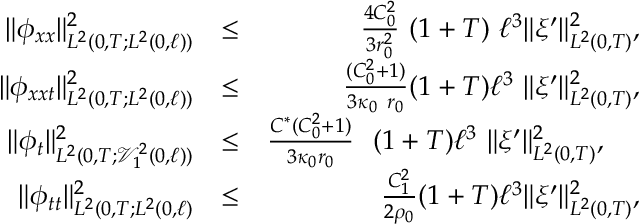
\begin{array} { r l r } { \Vert \phi _ { x x } \Vert _ { L ^ { 2 } ( 0 , T ; L ^ { 2 } ( 0 , \ell ) ) } ^ { 2 } } & { \leq } & { \frac { 4 C _ { 0 } ^ { 2 } } { 3 r _ { 0 } ^ { 2 } } \ ( 1 + T ) \ \ell ^ { 3 } \Vert \xi ^ { \prime } \Vert _ { L ^ { 2 } ( 0 , T ) } ^ { 2 } , } \\ { \Vert \phi _ { x x t } \Vert _ { L ^ { 2 } ( 0 , T ; L ^ { 2 } ( 0 , \ell ) ) } ^ { 2 } } & { \leq } & { \frac { ( C _ { 0 } ^ { 2 } + 1 ) } { 3 \kappa _ { 0 } \ r _ { 0 } } ( 1 + T ) \ell ^ { 3 } \ \Vert \xi ^ { \prime } \Vert _ { L ^ { 2 } ( 0 , T ) } ^ { 2 } , } \\ { \Vert \phi _ { t } \Vert _ { L ^ { 2 } ( 0 , T ; \mathcal { V } _ { 1 } ^ { 2 } ( 0 , \ell ) ) } ^ { 2 } } & { \leq } & { \frac { C ^ { \ast } ( C _ { 0 } ^ { 2 } + 1 ) } { 3 \kappa _ { 0 } r _ { 0 } } \ \ ( 1 + T ) \ell ^ { 3 } \ \Vert \xi ^ { \prime } \Vert _ { L ^ { 2 } ( 0 , T ) } ^ { 2 } , ~ ~ ~ ~ } \\ { \Vert \phi _ { t t } \Vert _ { L ^ { 2 } ( 0 , T ; L ^ { 2 } ( 0 , \ell ) } ^ { 2 } } & { \leq } & { \frac { C _ { 1 } ^ { 2 } } { 2 \rho _ { 0 } } ( 1 + T ) \ell ^ { 3 } \Vert \xi ^ { \prime } \Vert _ { L ^ { 2 } ( 0 , T ) } ^ { 2 } , } \end{array}